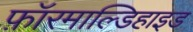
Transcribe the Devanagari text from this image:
फ़ॉरमाल्डिहाइड